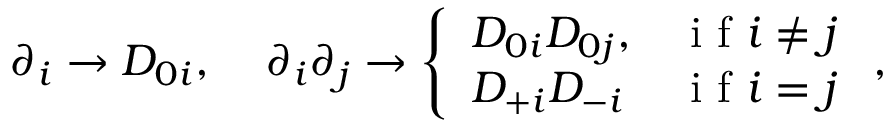
\begin{array} { r } { \partial _ { i } \rightarrow D _ { 0 i } , \; \; \; \; \partial _ { i } \partial _ { j } \rightarrow \left\{ \begin{array} { l l } { D _ { 0 i } D _ { 0 j } , } & { \mathrm { ~ i ~ f ~ } i \neq j } \\ { D _ { + i } D _ { - i } } & { \mathrm { ~ i ~ f ~ } i = j } \end{array} \right. , } \end{array}